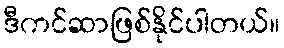
ဒီကင်ဆာဖြစ်နိုင်ပါတယ်။